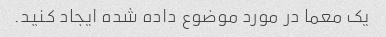
یک معما در مورد موضوع داده شده ایجاد کنید.